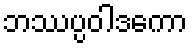
ဘဿပ္ပဝါဒကော